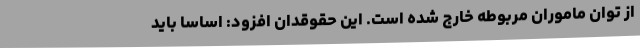
از توان ماموران مربوطه خارج شده است. این حقوقدان افزود: اساسا باید